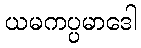
ယမကပ္ပမာဒေါ